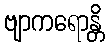
ဗျာကရောန္တိ